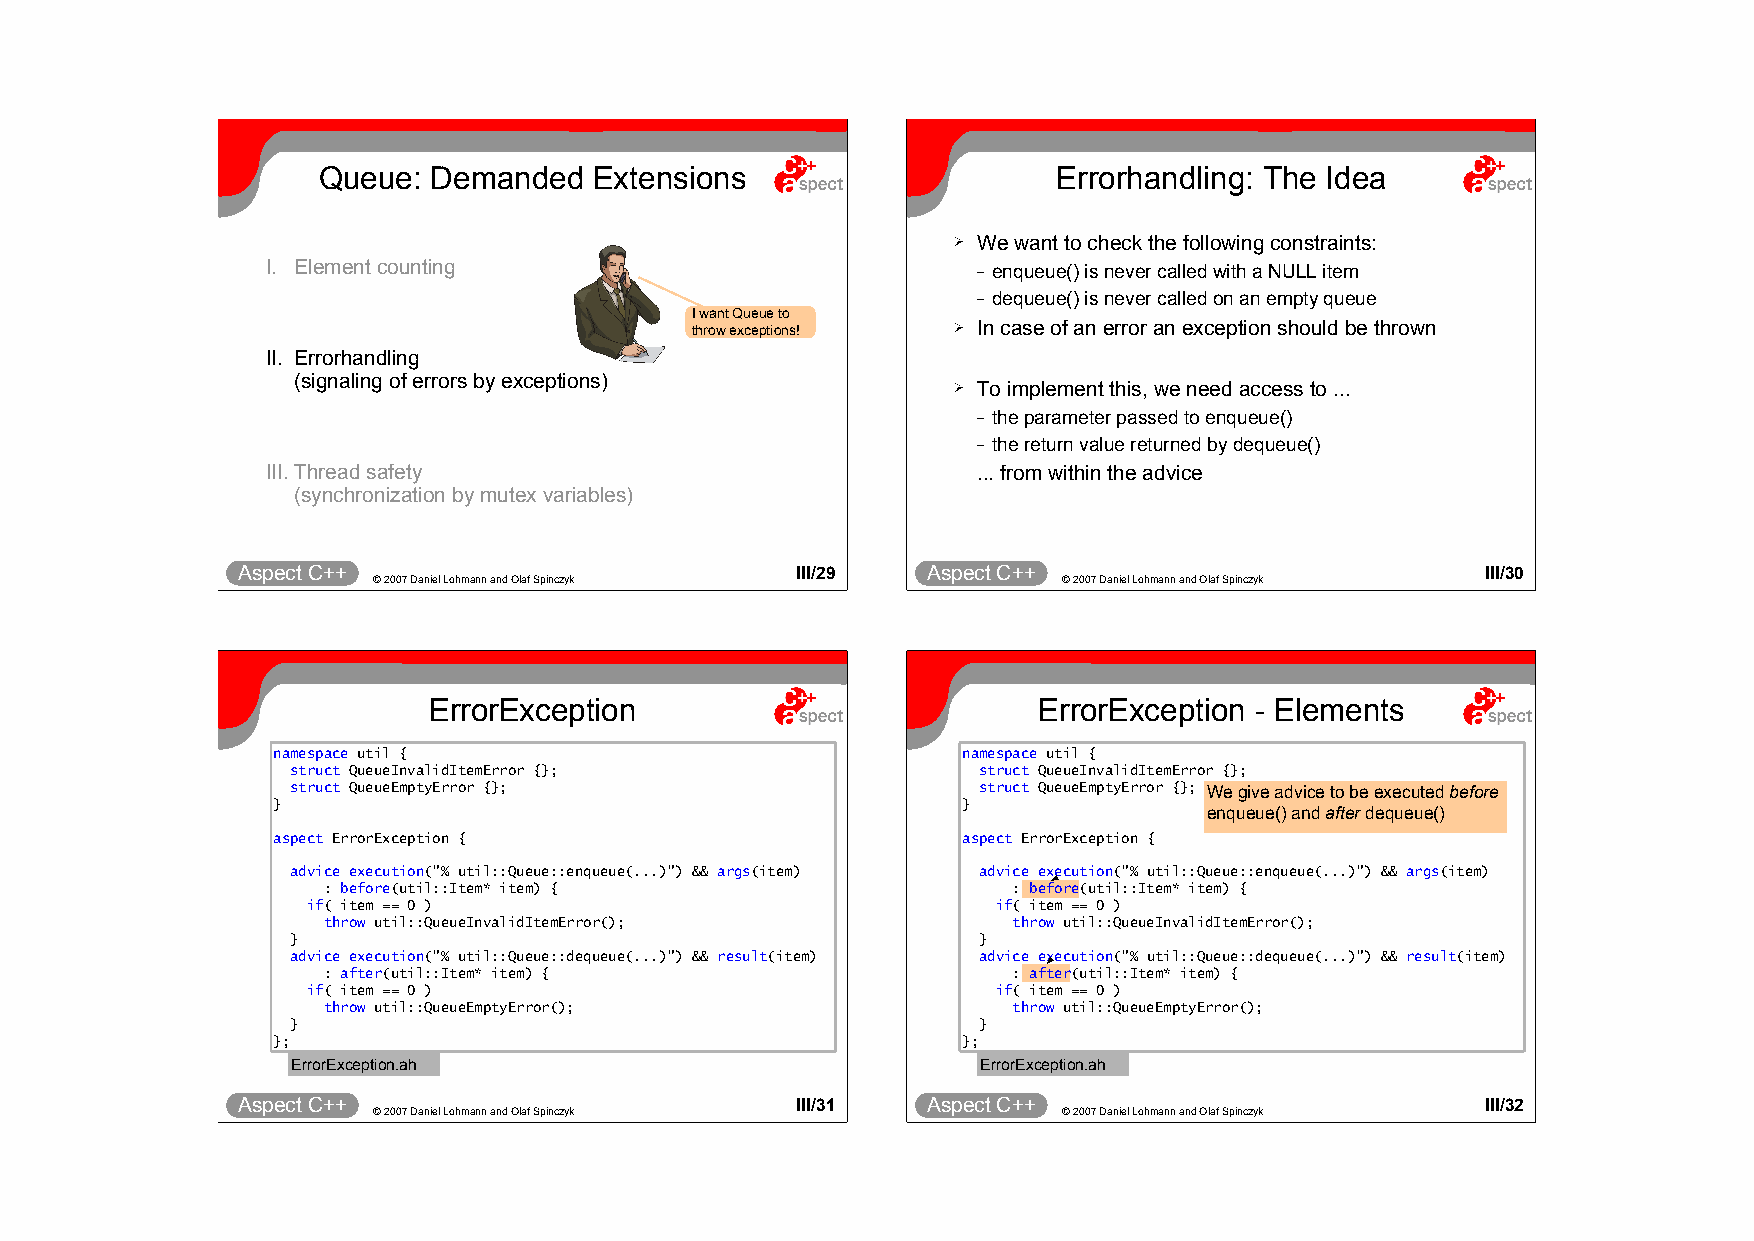
Queue: Demanded   Extensions                     Errorhandling: The Idea
 ➢ We want to check the following constraints:
 I. Element counting                            – enqueue() is never called with a NULL item
 – dequeue() is never called on an empty queue
 I want Queue to
 throw exceptions! ➢ In case of an error an exception should be thrown
 II. Errorhandling
 (signaling of errors by exceptions)
 ➢ To implement this, we need access to ...
 – the parameter passed to enqueue()
 – the return value returned by dequeue()
 III.Thread safety                              ... from within the advice
 (synchronization by mutex variables)
 Aspect C++                           III/29  Aspect C++                           III/30
 © 2007 Daniel Lohmann and Olaf Spinczyk      © 2007 Daniel Lohmann and Olaf Spinczyk
 ErrorException                           ErrorException - Elements
 namespace util {                              namespace util {
 struct QueueInvalidItemError {};              struct QueueInvalidItemError {};
 struct QueueEmptyError {};                    struct QueueEmptyError {}; We give advice to be executed before
 }                                             }
 enqueue() and after dequeue()
 aspect ErrorException {                       aspect ErrorException {
 advice execution("% util::Queue::enqueue(...)") && args(item) advice execution("% util::Queue::enqueue(...)") && args(item)
 : before(util::Item* item) {                  : before(util::Item* item) {
 if( item == 0 )                               if( item == 0 )
 throw util::QueueInvalidItemError();          throw util::QueueInvalidItemError();
 }                                             }
 advice execution("% util::Queue::dequeue(...)") && result(item) advice execution("% util::Queue::dequeue(...)") && result(item)
 : after(util::Item* item) {                   : after(util::Item* item) {
 if( item == 0 )                               if( item == 0 )
 throw util::QueueEmptyError();                throw util::QueueEmptyError();
 }                                             }
 };                                            };
 ErrorException.ah                             ErrorException.ah
 Aspect C++                           III/31  Aspect C++                           III/32
 © 2007 Daniel Lohmann and Olaf Spinczyk      © 2007 Daniel Lohmann and Olaf Spinczyk